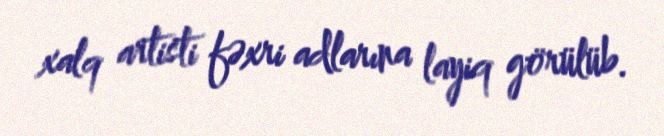
xalq artisti fəxri adlarına layiq görülüb.